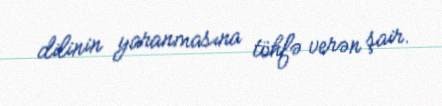
dilinin yaranmasına töhfə verən şair.